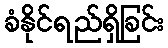
ခံနိုင်ရည်ရှိခြင်း